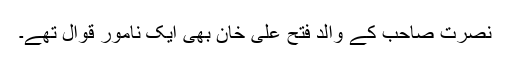
نصرت صاحب کے والد فتح علی خان بھی ایک نامور قوال تھے۔